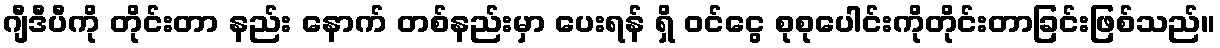
ဂျီဒီပီကို တိုင်းတာ နည်း နောက် တစ်နည်းမှာ ပေးရန် ရှိ ဝင်ငွေ စုစုပေါင်းကိုတိုင်းတာခြင်းဖြစ်သည်။